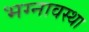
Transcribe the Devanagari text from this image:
भग्‍नावस्‍था